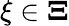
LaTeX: \xi\in\mathbf{\Xi}